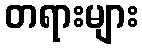
တရားများ